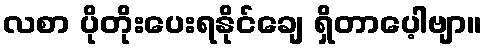
လစာ ပိုတိုးပေးရနိုင်ချေ ရှိတာပေ့ါဗျာ။